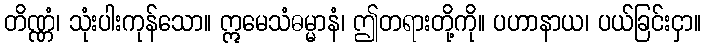
တိဏ္ဏံ၊ သုံးပါးကုန်သော။ ဣမေသံဓမ္မာနံ၊ ဤတရားတို့ကို။ ပဟာနာယ၊ ပယ်ခြင်းငှာ။